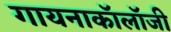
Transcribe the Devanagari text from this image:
गायनाकॉलॉजी